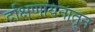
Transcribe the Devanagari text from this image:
दक्षिणायनातून